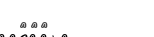
١٩١